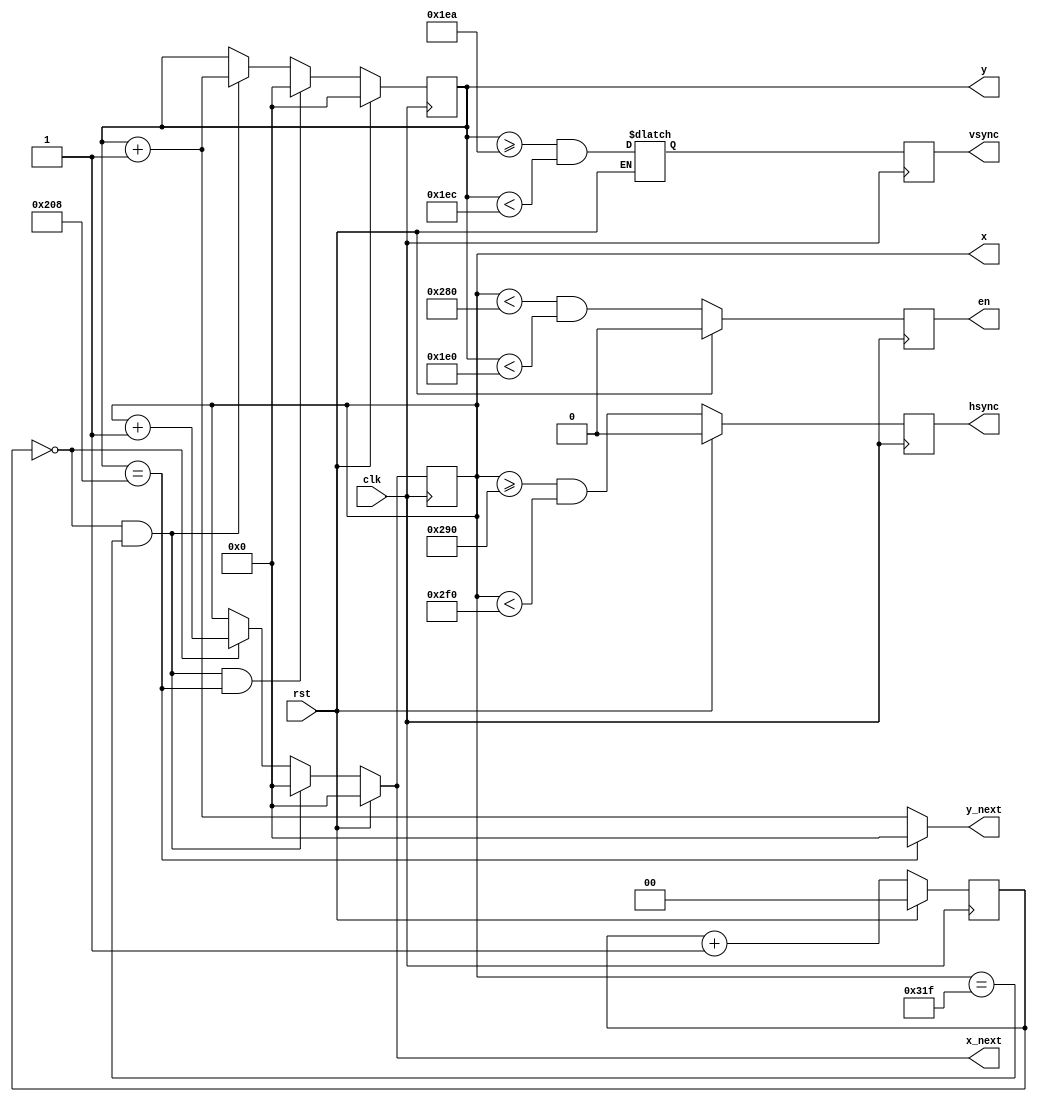
module vga_sync_5
(
  input  wire       clk,    
  input  wire       rst,
  output wire       hsync,  
  output wire       vsync,  
  output wire       en,     
  output wire [9:0] x,      
  output wire [9:0] y,      
  output wire [9:0] x_next, 
  output wire [9:0] y_next  
);
localparam H_DISP  = 640;  
localparam H_FP    = 16;   
localparam H_RT    = 96;   
localparam H_BP    = 48;   
localparam V_DISP  = 480;  
localparam V_FP    = 10;   
localparam V_RT    = 2;    
localparam V_BP    = 29;   
reg  [1:0] q_mod4_cnt;
reg  [1:0] d_mod4_cnt;
reg  [9:0] q_hcnt, q_vcnt;
reg  [9:0] d_hcnt, d_vcnt;
reg  q_hsync, q_vsync, q_en;
reg  d_hsync, d_vsync, d_en;
always @(posedge clk) begin
  q_mod4_cnt <= d_mod4_cnt;
  q_hcnt     <= d_hcnt;
  q_vcnt     <= d_vcnt;
  q_hsync    <= d_hsync;
  q_vsync    <= d_vsync;
  q_en       <= d_en;
end
wire pix_pulse;     
wire line_pulse;    
wire screen_pulse;  
assign pix_pulse    = (q_mod4_cnt == 0);
assign line_pulse   = pix_pulse  && (q_hcnt == (H_DISP + H_FP + H_RT + H_BP - 1));
assign screen_pulse = line_pulse && (q_vcnt == (V_DISP + V_FP + V_RT + V_BP - 1));
assign hsync  = q_hsync;
assign vsync  = q_vsync;
assign x      = q_hcnt;
assign y      = q_vcnt;
assign x_next = d_hcnt;
assign y_next = (y == (V_DISP + V_FP + V_RT + V_BP - 10'h001)) ? 10'h000 : (q_vcnt + 10'h001);
assign en     = q_en;
always @ (*) begin
  if (rst) begin
    d_mod4_cnt  =   2'b00;
    d_hcnt      =   9'h000;
    d_vcnt      =   9'h000;
    d_hsync     =   1'b0;
    d_en        =   1'b0;
  end
  else begin
    d_mod4_cnt  = q_mod4_cnt + 2'h1;
    d_hcnt      = (line_pulse)   ? 10'h000 : ((pix_pulse)  ? q_hcnt + 10'h001 : q_hcnt);
    d_vcnt      = (screen_pulse) ? 10'h000 : ((line_pulse) ? q_vcnt + 10'h001 : q_vcnt);
    d_hsync     = (q_hcnt >= (H_DISP + H_FP)) && (q_hcnt < (H_DISP + H_FP + H_RT));
    d_vsync     = (q_vcnt >= (V_DISP + V_FP)) && (q_vcnt < (V_DISP + V_FP + V_RT));
    d_en        = (q_hcnt < H_DISP) && (q_vcnt < V_DISP);
  end
end
endmodule